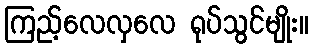
ကြည့်လေလှလေ ရုပ်သွင်မျိုး။